Lunatic asylums Central Provinces reports 1895-1909 - 1895-1909
Year: 1895
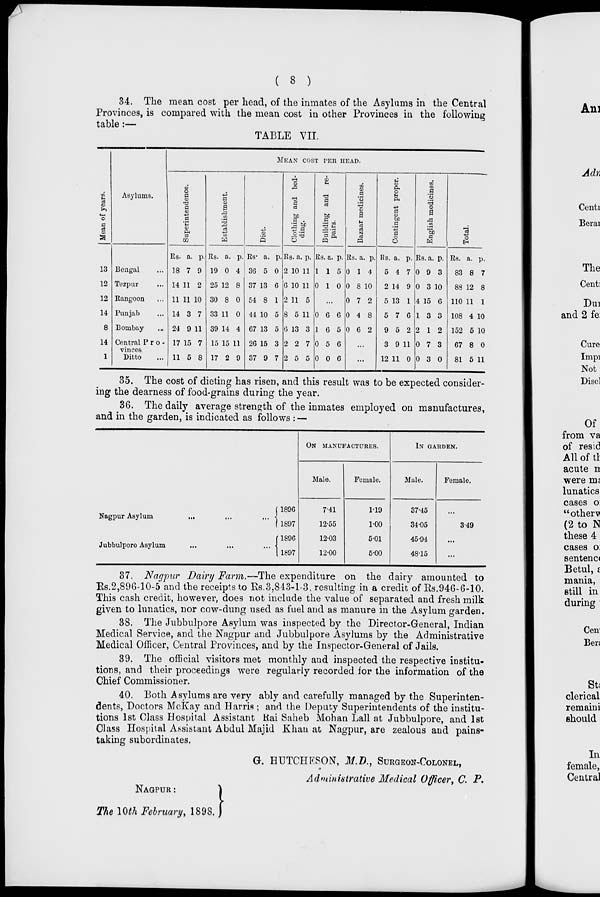
( 8 )
34. The mean cost per head, of the inmates of the Asylums in the Central
Provinces, is compared with the mean cost in other Provinces in the following
table :—
TABLE VII.
Mean of years.
13
12
12
14
8
14
1
Asylums.
Bengal ...
Tezpur ...
Rangoon ...
Punjab ...
Bombay ...
Central Pro-
vinces
Ditto ...
MEAN COST PER HEAD.
Superintendence.
Rs.
18
14
11
14
24
17
11
a.
7
11
11
3
9
15
5
p.
9
2
10
7
11
7
8
Establishment.
Rs.
19
25
30
33
39
15
17
a.
0
12
8
11
14
p.
4
8
0
0
4
15 11
2 9
Diet.
Rs.
36
37
54
44
67
26
37
a.
5
13
8
10
13
15
9
p.
0
6
1
5
5
3
7
Clothing and bed-
ding.
Rs
2
6
2
8
6
2
2
a
10
10
11
5
13
2
5
p.
11
11
5
11
3
7
5
Building and re-
pairs.
Rs
1
0
a.
1
1
p.
5
0
...
0
1
0
0
6
6
5
0
6
5
6
6
Bazaar medicines.
Rs.
0
0
0
0
0
a
1
8
7
4
6
p.
4
10
2
8
2
...
...
Contingent proper.
Rs.
5
2
5
5
9
3
12
a.
4
14
13
7
5
9
11
p.
7
9
1
6
2
11
0
English medicines.
Rs.
0
0
4
1
2
0
0
a.
9
3
15
3
1
7
3
p.
3
10
6
3
2
3
0
Total.
Rs.
83
88
110
108
152
67
81
a.
8
12
11
4
5
8
5
p.
7
8
1
10
10
0
11
35. The cost of dieting has risen, and this result was to be expected consider-
ing the dearness of food-grains during the year.
36. The daily average strength of the inmates employed on manufactures,
and in the garden, is indicated as follows : —
Nagpur Asylum
...
...
...
Jubbulpore Asylum
...
...
...
1896
1897
1896
1897
ON MANUFACTURES.
Male.
7.41
12.55
12.03
12.00
Female.
1.19
1.00
5.01
5.00
IN GARDEN.
Male.
37.45
34.05
45.94
48.15
Female.
...
3.49
...
...
37. Nagpur Dairy Farm.—The expenditure on the dairy amounted to
Rs.2,896-10-5 and the receipts to Rs.3,843-1-3, resulting in a credit of Rs.946-6-10.
This cash credit, however, does not include the value of separated and fresh milk
given to lunatics, nor cow-dung used as fuel and as manure in the Asylum garden.
38. The Jubbulpore Asylum was inspected by the Director-General, Indian
Medical Service, and the Nagpur and Jubbulpore Asylums by the Administrative
Medical Officer, Central Provinces, and by the Inspector-General of Jails.
39. The official visitors met monthly and inspected the respective institu-
tions, and their proceedings were regularly recorded for the information of the
Chief Commissioner.
40. Both Asylums are very ably and carefully managed by the Superinten-
dents, Doctors McKay and Harris; and the Deputy Superintendents of the institu-
tions 1st Class Hospital Assistant Rai Saheb Mohan Lall at Jubbulpore, and 1st
Class Hospital Assistant Abdul Majid Khan at Nagpur, are zealous and pains-
taking subordinates.
NAGPUR:
The 10th February, 1898.
G. HUTCHESON, M.D., SURGEON-COLONEL,
Administrative Medical Officer, C. P.